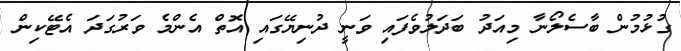
ގުޅުމުން ބާސެލޯނާ މިއަދު ބަދަލުވެފައި ވަނީ ދުނިޔޭގައި އޮތް އެންމެ ވަރުގަދަ އެޓޭކިން